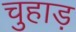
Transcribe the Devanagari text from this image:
चुहाड़